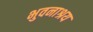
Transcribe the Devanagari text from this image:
भुवनाश्रय